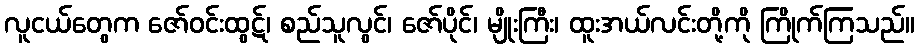
လူငယ်တွေက ဇော်ဝင်းထွဋ်၊ စည်သူလွင်၊ ဇော်ပိုင်၊ မျိုးကြီး၊ ထူးအယ်လင်းတို့ကို ကြိုက်ကြသည်။